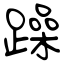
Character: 躁